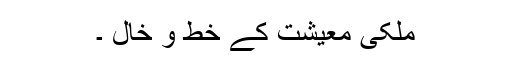
ملکی معیشت کے خَط و خال ۔